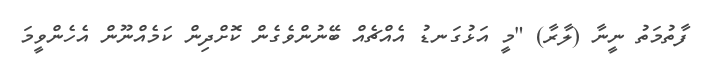
ފާތުމަތު ނީނާ (ލާރާ) "މީ އަޅުގަނޑު އެއްޗެއް ބޭނުންވެގެން ކޮށްދިން ކަމެއްނޫން އެހެންވީމަ